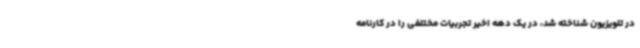
در تلویزیون شناخته شد، در یک دهه اخیر تجربیات مختلفی را در کارنامه